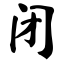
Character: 闭